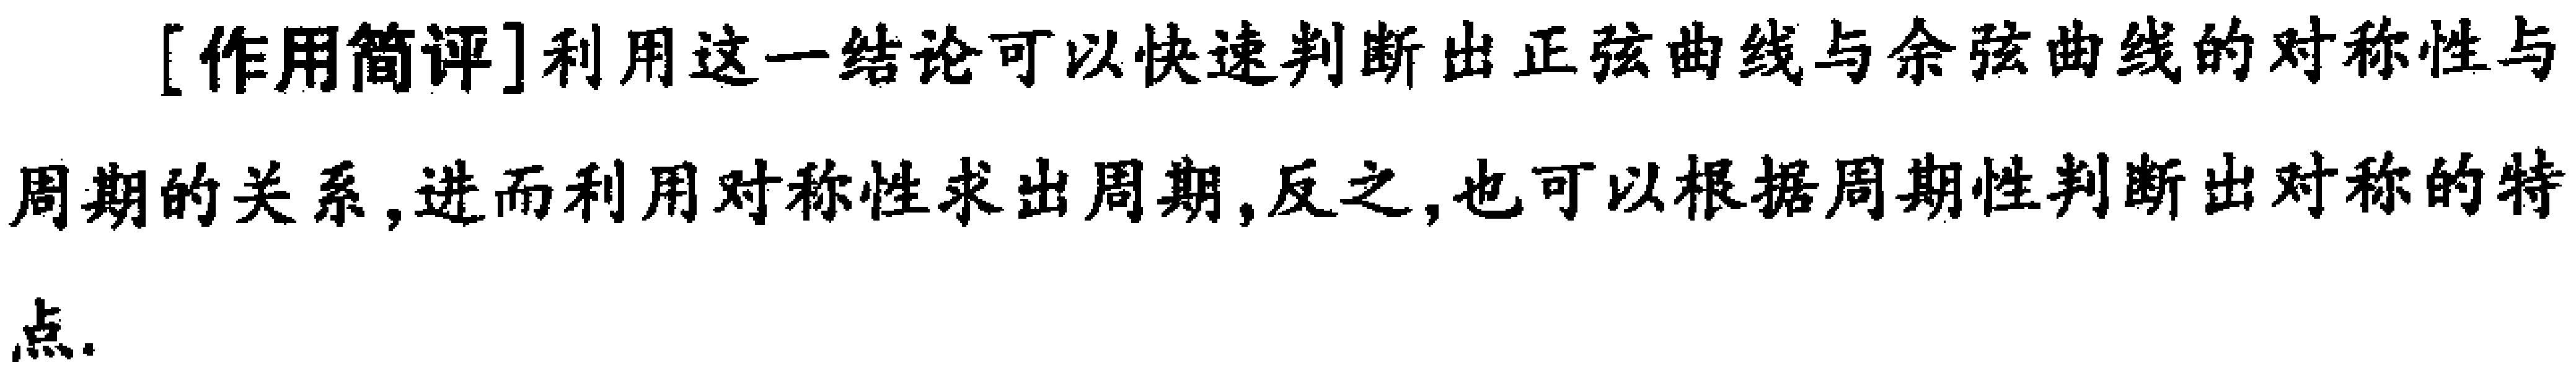
[作用简评]利用这一结论可以快速判断出正弦曲线与余弦曲线的对称性与周期的关系，进而利用对称性求出周期，反之，也可以根据周期性判断出对称的特点.